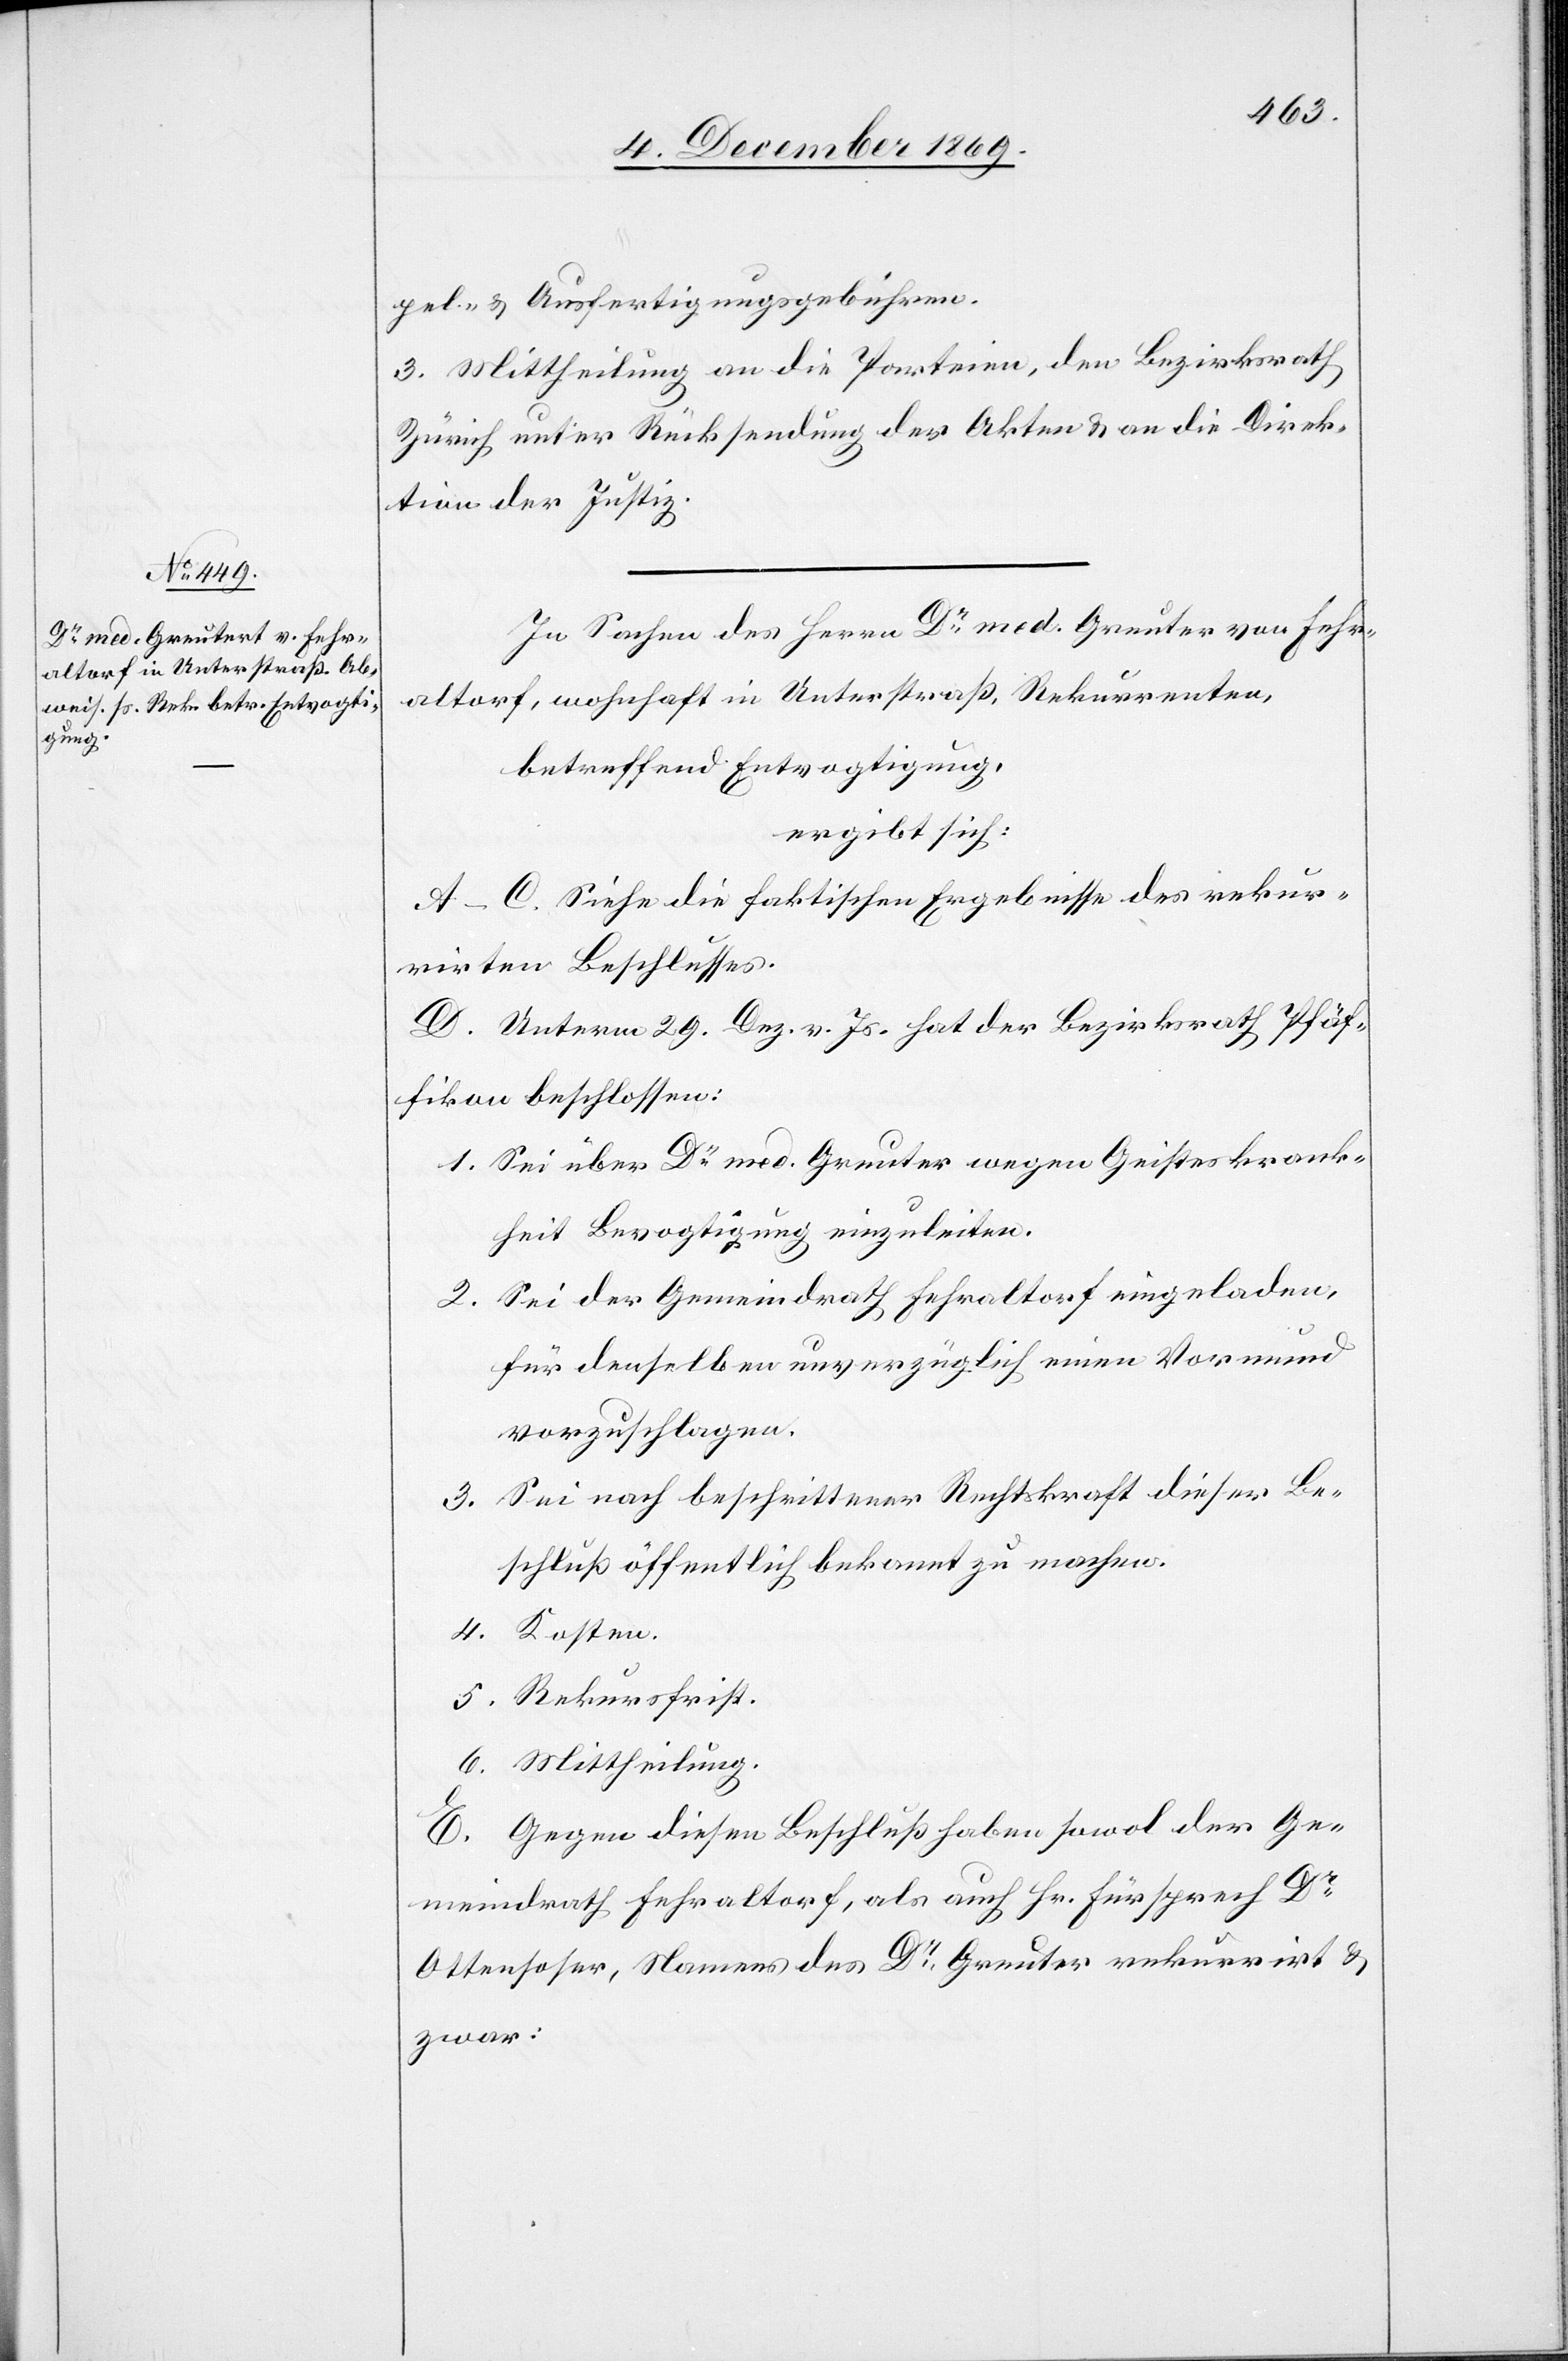
pel- & Ausfertigungsgebühren.
3. Mittheilung an die Parteien, den Bezirksrath
Zürich unter Rücksendung der Akten & an die Direk¬
tion der Justiz.
In Sachen des Herrn Dr med. Greuter [sic!] von Fehr¬
altorf, wohnhaft in Unterstraß, Rekurrenten,
betreffend Entvogtigung,
ergibt sich:
A–C Siehe die faktischen Ergebnisse des rekur¬
rirten Beschlusses.
D. Unterm 29. Dez. v. Js. hat der Bezirksrath Pfäf¬
fikon beschlossen:
Sei über Dr med. Greuter wegen Geisteskrank¬
heit Bevogtigung einzuleiten.
Sei der Gemeindrath Fehraltorf eingeladen,
für denselben unverzüglich einen Vormund
vorzuschlagen.
Sei nach beschrittener Rechtskraft dieser Be¬
schluß öffentlich bekannt zu machen.
E. Gegen diesen Beschluß haben sowol der Ge¬
meindrath Fehraltorf, als auch Hr. Fürsprech Dr
Ottensoser, Namens des Dr Greuter rekurrirt &
zwar: